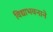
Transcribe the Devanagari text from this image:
विद्याभवनाने